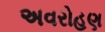
અવરોહણ